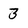
Character: 3